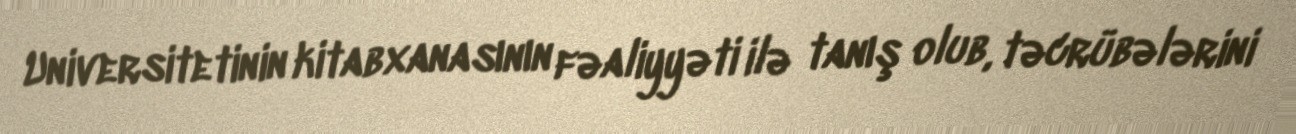
Universitetinin kitabxanasının fəaliyyəti ilə tanış olub, təcrübələrini